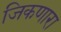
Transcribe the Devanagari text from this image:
जिकणारा